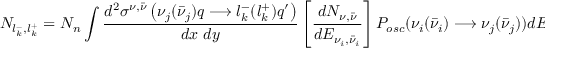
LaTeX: { \cal N } _ { l _ { k } ^ { - } , l _ { k } ^ { + } } = { \cal N } _ { n } \int { { \frac { { d ^ { 2 } \sigma ^ { \nu , { \bar { \nu } } } } \left( \nu _ { j } ( \bar { \nu } _ { j } ) q \longrightarrow l _ { k } ^ { - } ( l _ { k } ^ { + } ) q ^ { \prime } \right) } { d x ~ d y } } } \left[ { \frac { d N _ { \nu , \bar { \nu } } } { d E _ { \nu _ { i } , \bar { \nu } _ { i } } } } \right] { \cal P } _ { o s c } ( \nu _ { i } ( \bar { \nu } _ { i } ) \longrightarrow \nu _ { j } ( \bar { \nu } _ { j } ) ) d E _ { \nu _ { i } ( \bar { \nu } _ { i } ) } \, q ( x ) \, ~ d x ~ d y